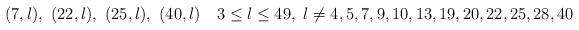
LaTeX: \begin{align*}(7,l),\ (22,l),\ (25,l),\ (40,l)\quad3\leq l\leq49,\ l\not =4,5,7,9,10,13,19,20,22,25,28,40\end{align*}